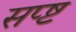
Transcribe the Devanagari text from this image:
सप्ष्ट